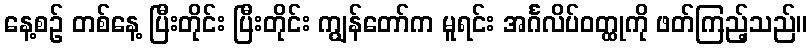
နေ့စဉ် တစ်နေ့ ပြီးတိုင်း ပြီးတိုင်း ကျွန်တော်က မူရင်း အင်္ဂလိပ်ဝတ္ထုကို ဖတ်ကြည့်သည်။